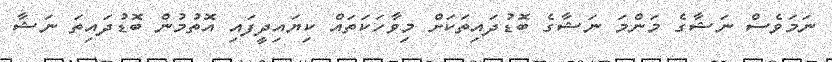
ނަމަވެސް ނަޝާގެ މަންމަ ނަޝާގެ ބޮޑުދައިތަކަށް މިވާހަކަތައް ކިޔައިދީފައި އޮތުމުން ބޮޑުދައިތަ ނަޝާ